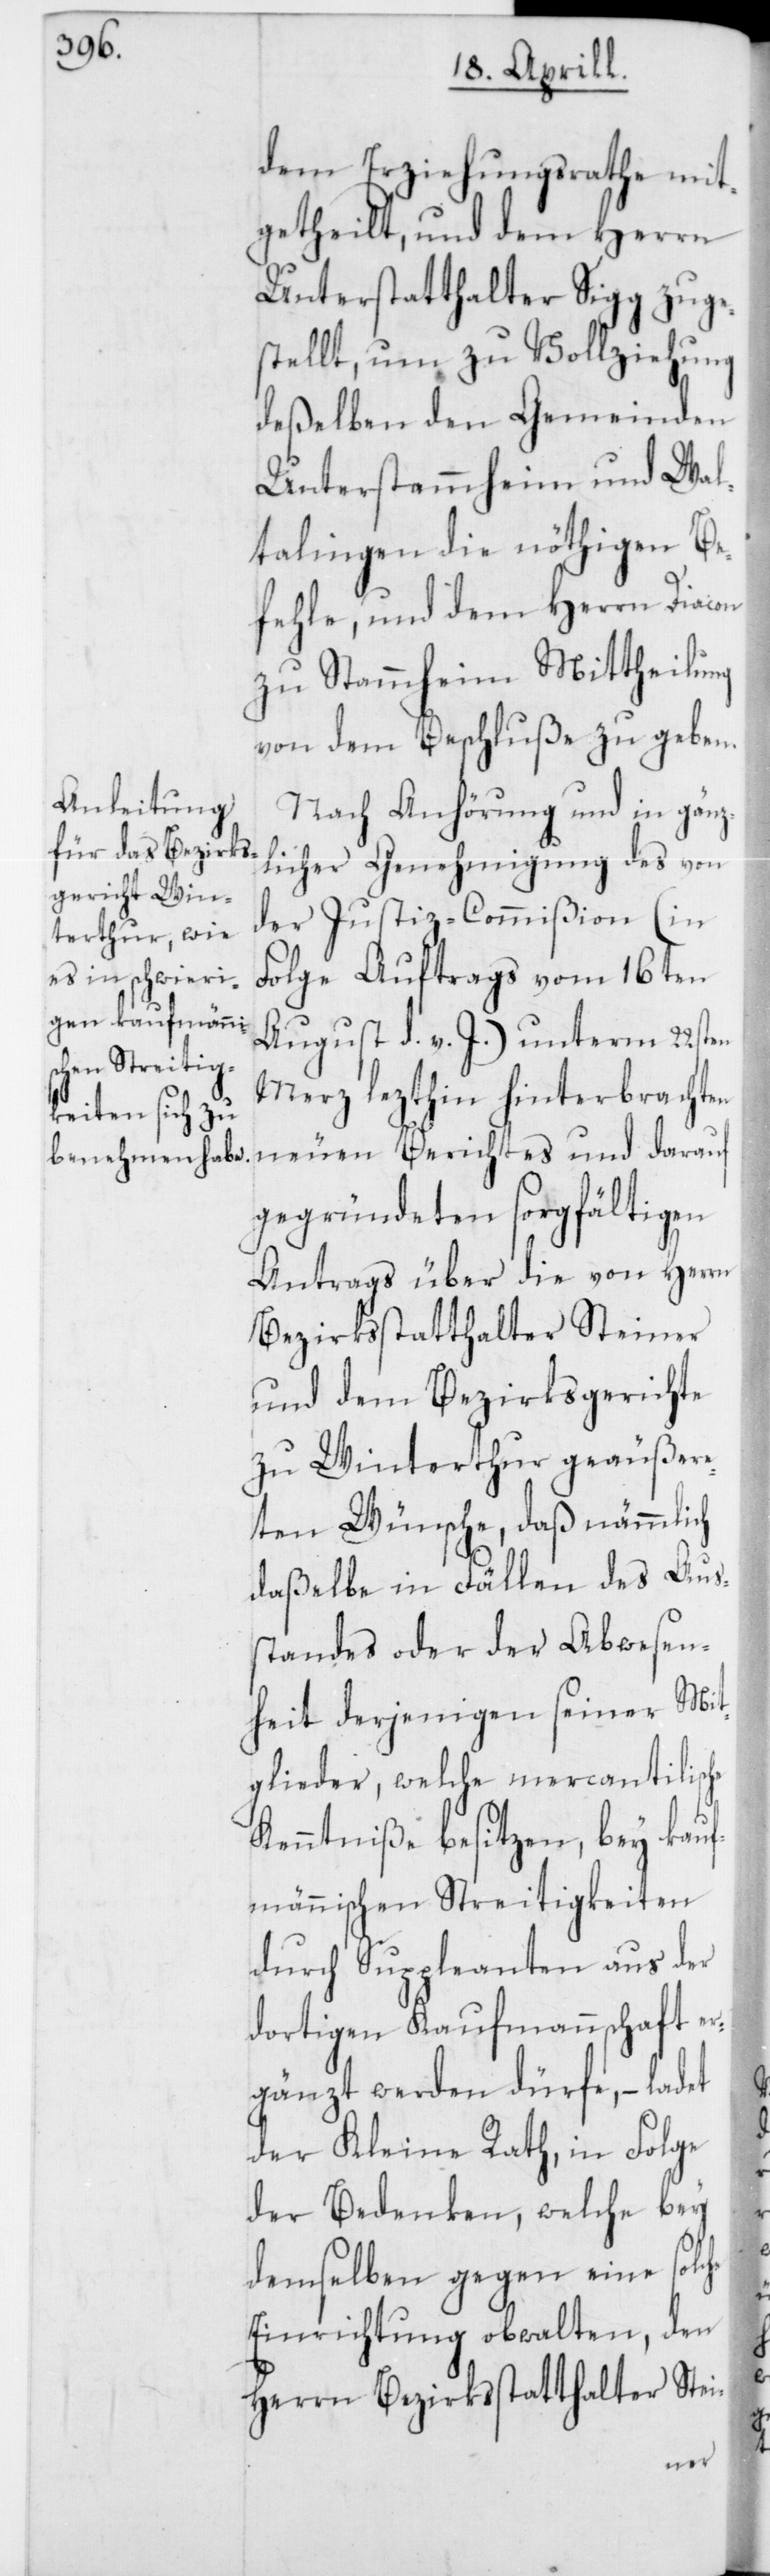
dem Erziehungsrathe mit¬
getheilt, und dem Herrn
Unterstatthalter Sigg zuge¬
stellt, um zu Vollziehung
deßelben den Gemeinden
Unterstammheim und Wal¬
talingen die nöthigen Be¬
fehle, und dem Herrn Diacon
zu Stammheim Mittheilung
von dem Beschluße zu geben.
Nach Anhörung und in gänz¬
licher Genehmigung des von
der Justiz-Commißion (in
Folge Auftrags vom 16ten
August d. v. J.) unterm 22sten
Merz lezthin hinterbrachten
neuen Berichtes und darauf
gegründeten sorgfältigen
Antrags über die von Herrn
Bezirksstatthalter Steiner
und dem Bezirksgerichte
zu Winterthur geäußere¬
ten Wünsche, daß nämmlich
daßelbe in Fällen des Aus¬
standes oder der Abwesen¬
heit derjenigen seiner Mit¬
glieder, welche mercantilische
Kenntniße besitzen, bey kauf¬
männischen Streitigkeiten
durch Suppleanten aus der
dortigen Kaufmannschaft e¬
rgänzt werden dürfe, – ladet
der Kleine Rath, in Folge
der Bedenken, welche bey
demselben gegen eine solche
Einrichtung obwalten, den
Herrn Bezirksstatthalter Stei-